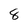
Character: 8